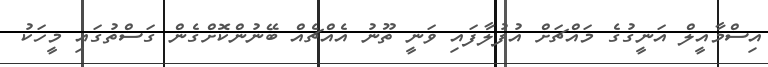
އިސްމާއީލް އަނީގުގެ މައްޗަށް އުފުލާފައި ވަނީ ތޫނު އެއްޗެއް ބޭނުންކޮށްގެން ގަސްތުގައި މީހަކު